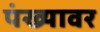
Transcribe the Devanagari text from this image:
पंख्यावर